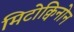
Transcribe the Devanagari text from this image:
मिटोक्विनोन